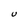
Character: U